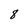
Character: 8